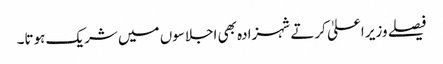
فیصلے وزیر اعلیٰ کرتے شہزادہ بھی اجلاسوں میں شریک ہوتا۔